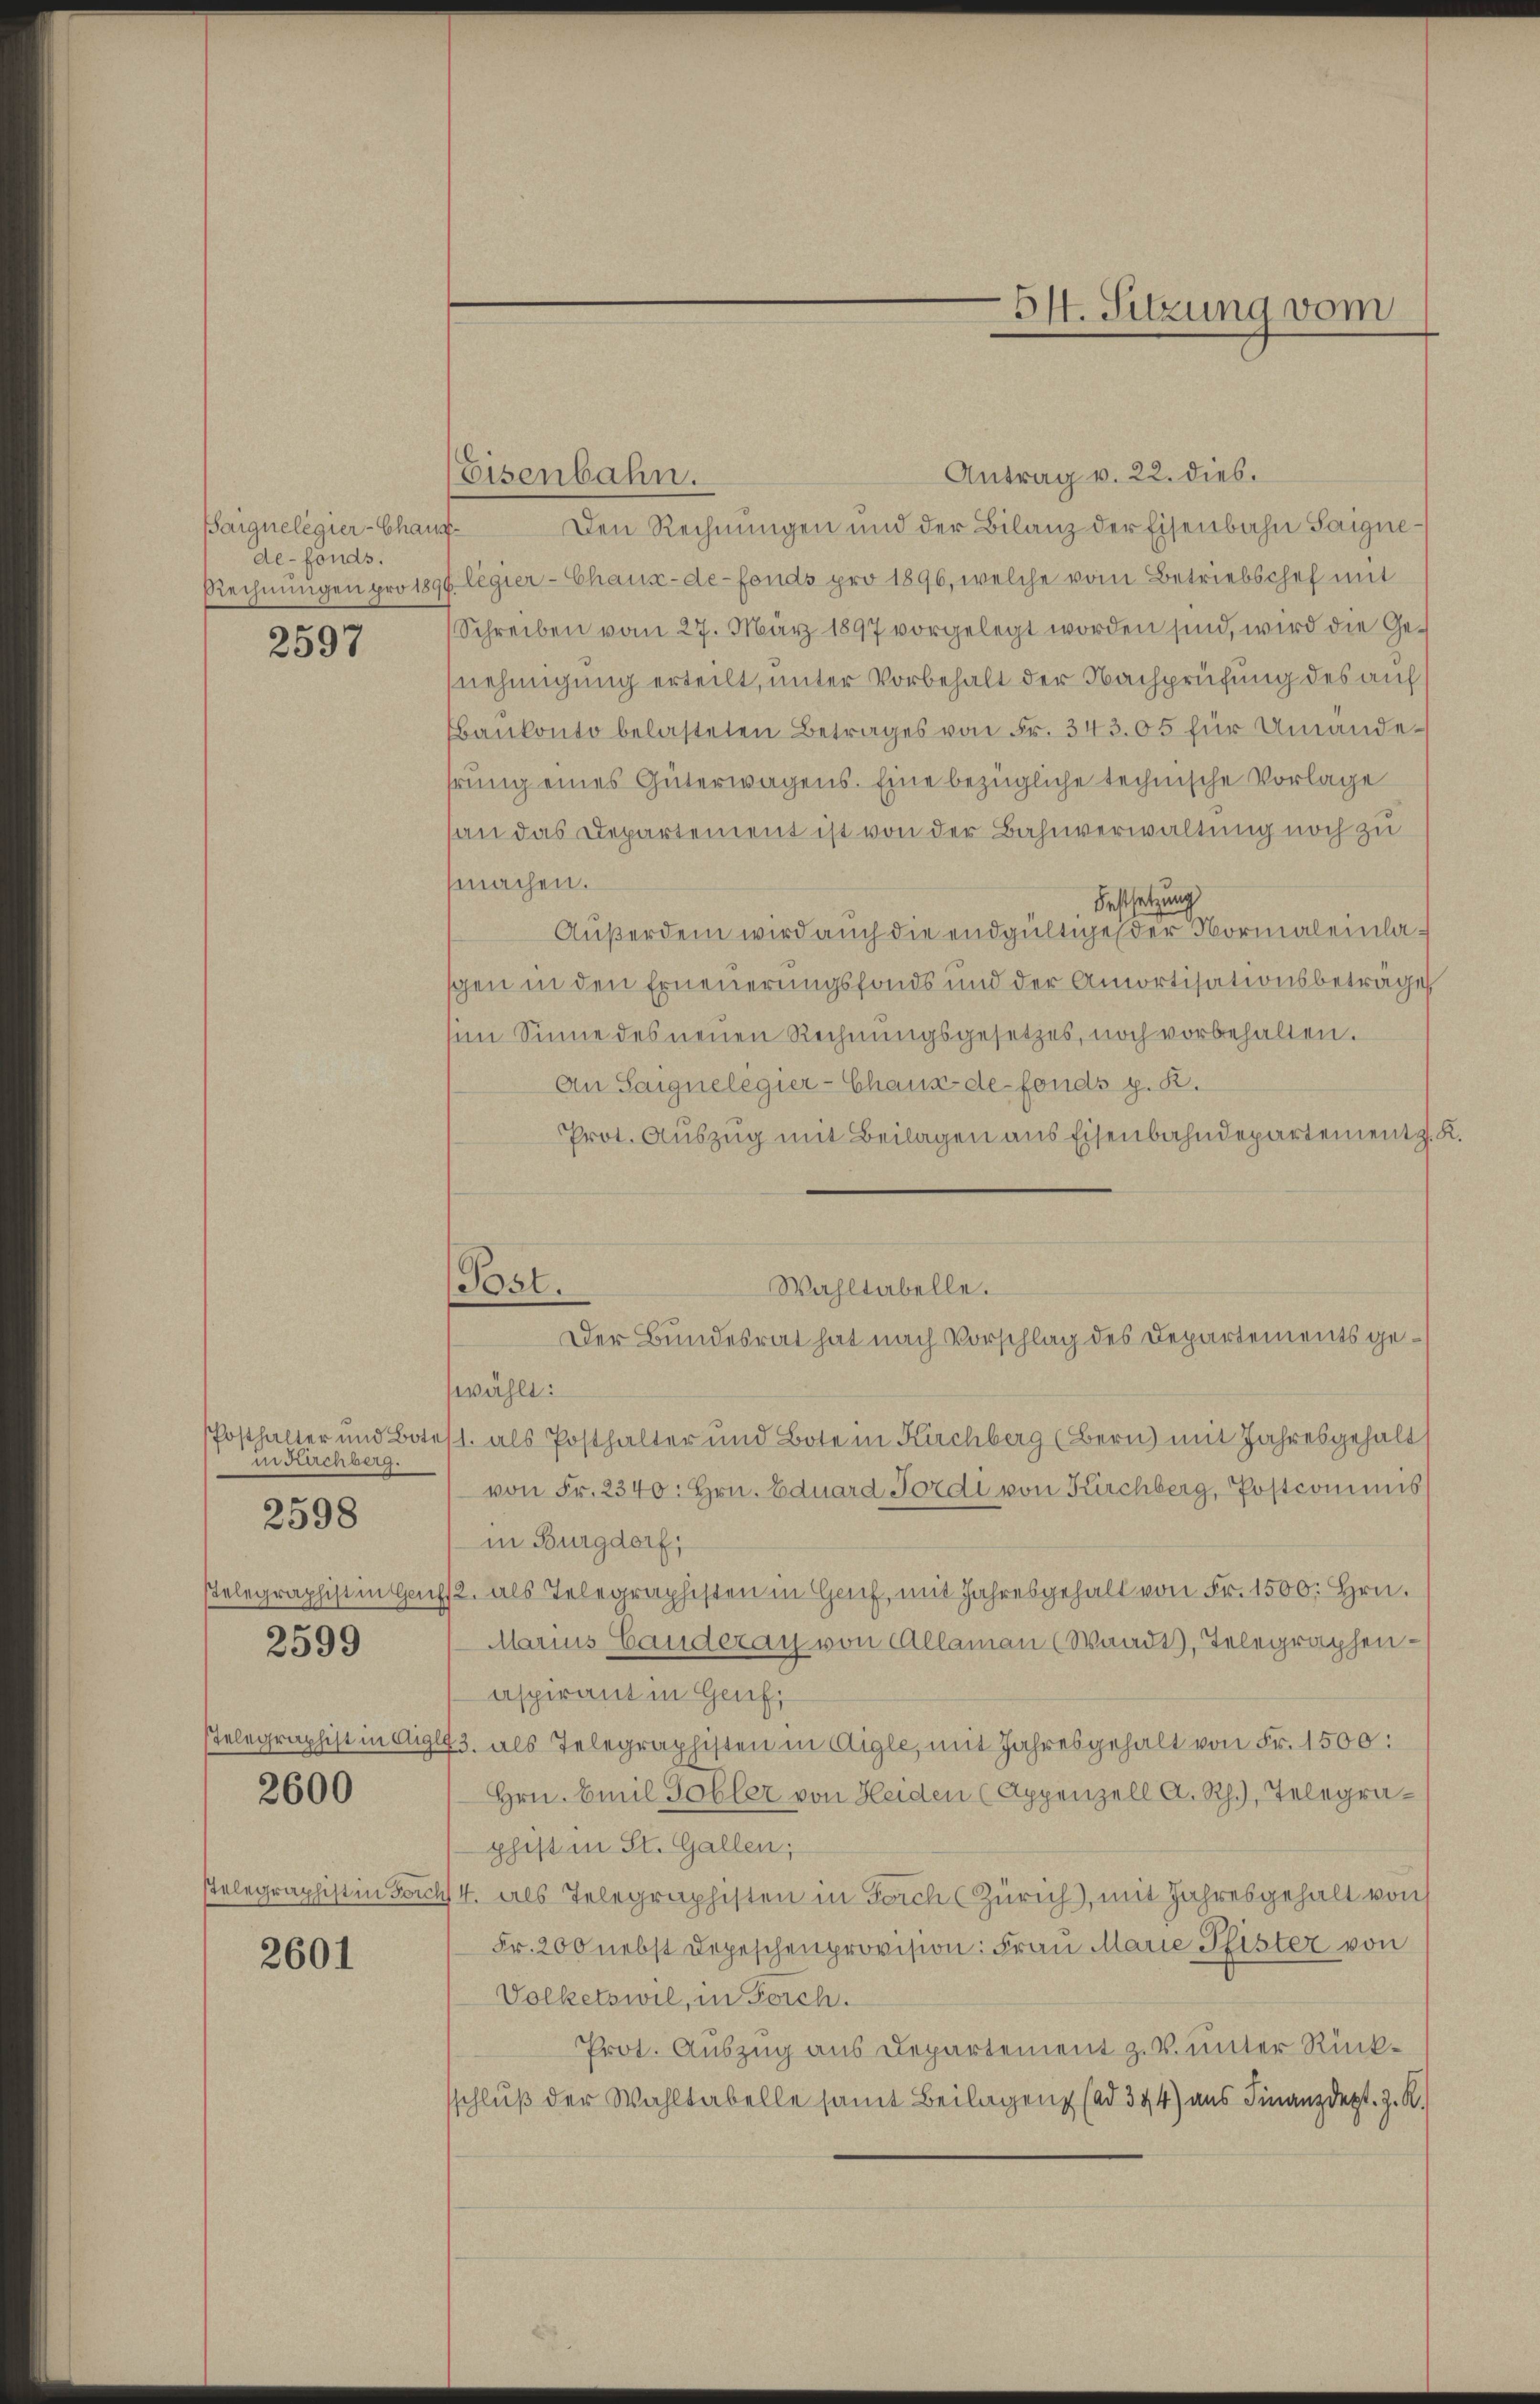
Baignelegier-Chaufde-fonds.

2597

in Kirchberg.

2598

2599

2600

2601

wählt:
Posthalter und Botest. als Posthalter und Bote in Kirchberg (Bern mit Jahresgehalts
von Fr. 2340: hrn. Eduard Fordi von Kirchberg, Postcommis
in Burgdorf,
stelegraphist in Ges. als Telegraphisten in Hof, mit Jahresgehalt von Fr. 1500. Hrn.
Marius Canderay von Allaman (Waadt, Telegraphen-
aspirant in Genf,
Telegraphist in Aigle 3. als Telegraphisten in Aigle, mit Jahresgehalt von Fr. 1500:
Hrn. Emil Tobler von Heiden (Appenzell A. Rh., Telegraphist in St. Gallen;
Telegraphist in Forch 4. als Telegraphesten in Forch (Zürich), mit Jahresgehalt von
Fr. 200 nebst Depeschenprovision: Frau Marie Pfister von
Volketswil, in Forch.
Prot. Auszug aus Departement z. B. unter Rücksschluß der Wahltabelle samt Beilageng (ad 394) aus Finanzdept. z. R.

Eisenbahn.

34. Sitzung vom

Antrag v. 22. dies.
Den Rechnungen und der Bilanz der Eisenbahn Saigne¬
Rechnŭngen pro 1890 legier-Chaux-de-Fonds pro 1896, welche vom Betriebschef mit
Schreiben vom 27. März 1897 vorgelegt worden sind, wird die Genehmigung erteilt, unter Vorbehalt der Nachprüfung des auf
Bankonto belasteten Betrages von Fr. 343. 05 für Umändeprung eines Güterwagens. Eine bezügliche technische Vorlage
(an das Departement ist von der Bahnverwaltung noch zu
machen.
Festsetzung
Außerdem wird auch die endgültige der Normaleinlasgen in den Erneuerungsfonds und der Amortisationsbetrage
sim Sinne des neuen Rechnŭngsgesetzes, noch vorbehalten.
An Saignelegier-Chaus de fonds g. R.
Prot. Auszug mit Beilagen aus Eisenbahndepartement z. K.

Post.
Wahltabelle.
Der Bundesrat hat nach Vorschlag des Departements ge¬